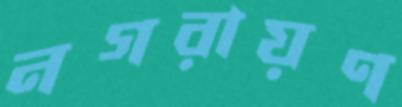
নগরায়ণ